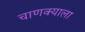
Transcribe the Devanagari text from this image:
चाणक्याला